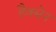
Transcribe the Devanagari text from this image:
हैक्सेन